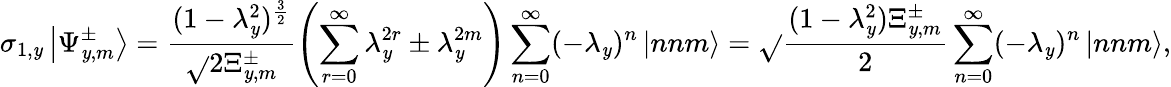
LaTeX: \sigma_{1,\mathit{y}}\left|\Psi_{\mathit{y},m}^{\pm}\right>=\frac{{(1-\lambda_{\mathit{y}}^{2})^{\frac{{3}}{{2}}}}}{{\sqrt{}{{2\Xi_{\mathit{y},m}^{\pm}}}}}\left(\sum_{r=0}^{\infty}\lambda_{\mathit{y}}^{2r}\pm\lambda_{\mathit{y}}^{2m}\right)\sum_{n=0}^{\infty}(-\lambda_{\mathit{y}})^{n}\left|nnm\right>=\sqrt{}{{\frac{{(1-\lambda_{\mathit{y}}^{2})\Xi_{\mathit{y},m}^{\pm}}}{{2}}}}\sum_{n=0}^{\infty}(-\lambda_{\mathit{y}})^{n}\left|nnm\right>,